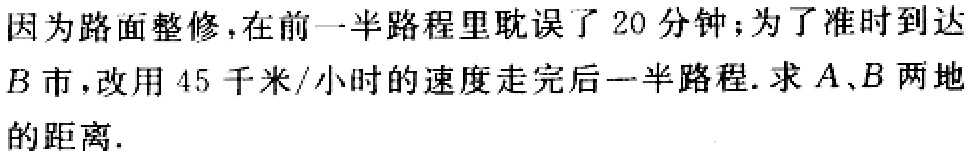
因为路面整修，在前一半路程里耽误了 20 分钟；为了准时到达$B$市，改用 45 千米/小时的速度走完后一半路程. 求$A、B$两地的距离.